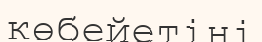
көбейетіні